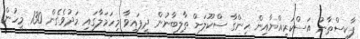
ޕާކިސްތާނު އަސްކަރިއްޔާއިން ހިންގާ ސްކޫލަށް ތާލިބާނުން ދީފައިވާ މިހަަމަލާގައި މަދުވެގެން 130 މީހުން